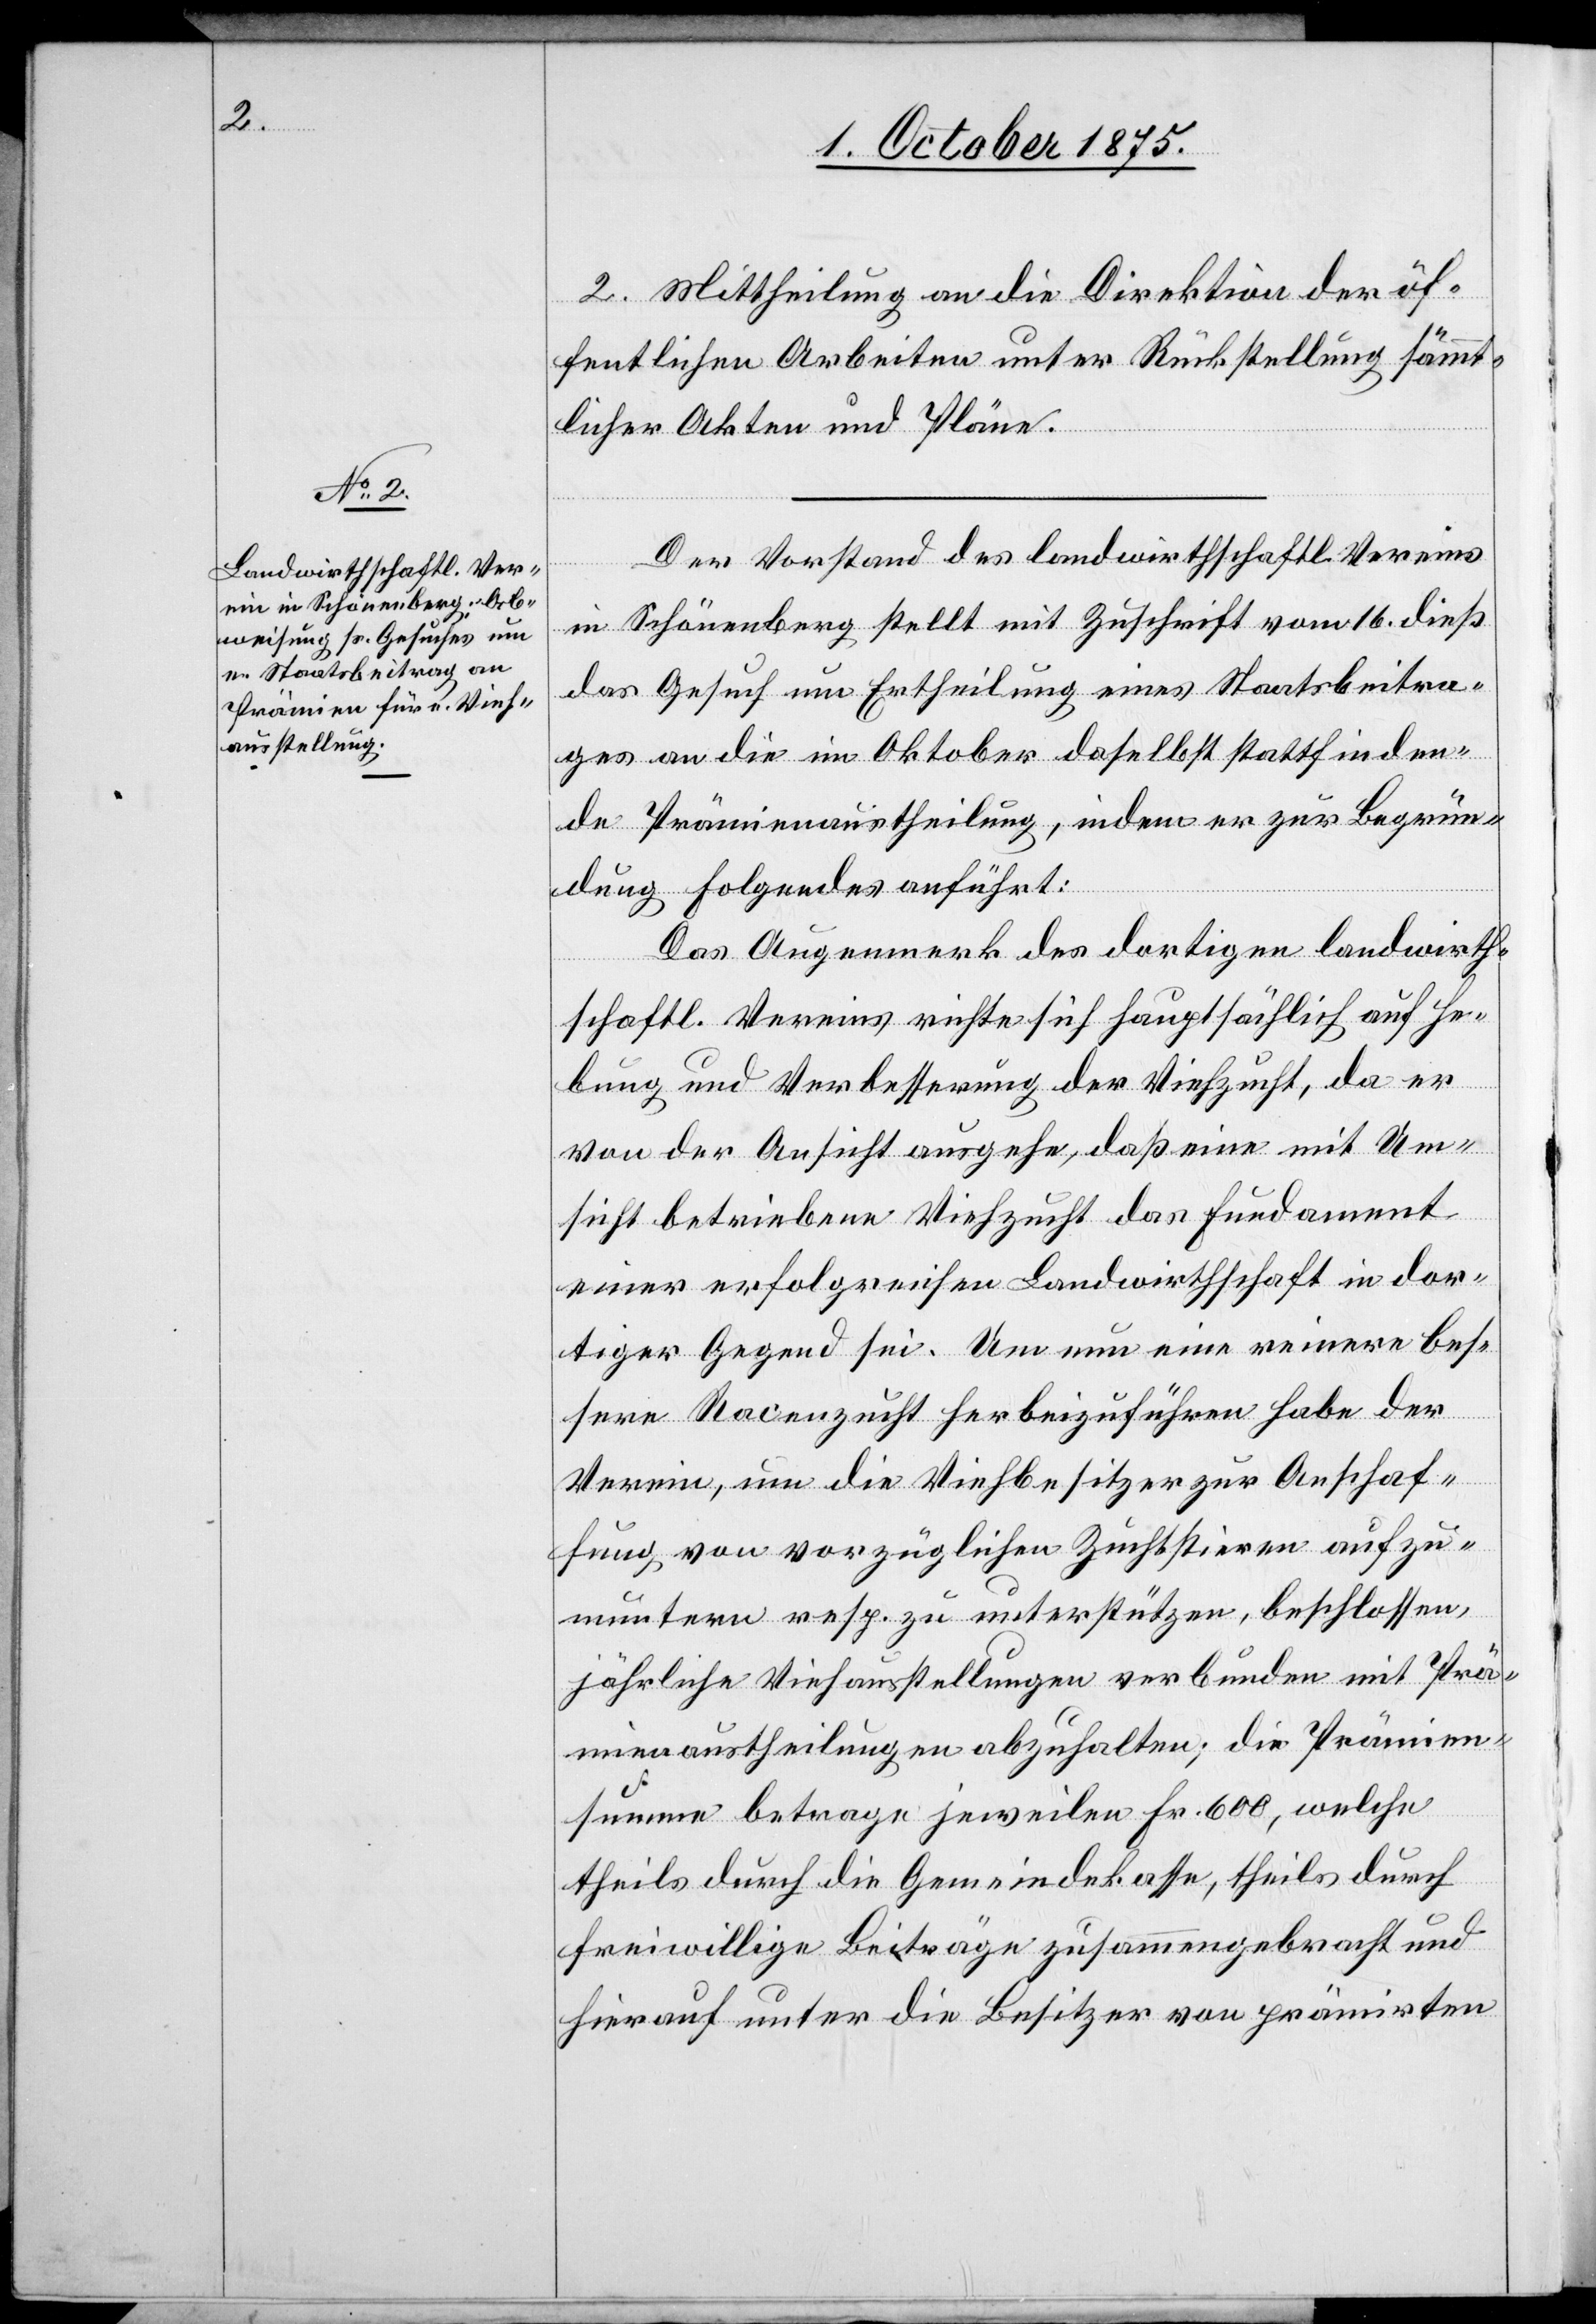
2. Mittheilung an die Direktion der öf¬
fentlichen Arbeiten unter Rückstellung sämmt¬
licher Akten und Pläne.
Der Vorstand des landwirthschaftl. Vereins
He¬
in Schönenberg stellt mit Zuschrift vom 16. dieß
das Gesuch um Ertheilung eines Staatsbeitra¬
ges an die im Oktober daselbst stattfinden¬
de Prämienaustheilung, indem er zur Begrün¬
dung Folgendes anführt:
Das Augenmerk des dortigen landwirth.
bung und Verbesserung der Viehzucht, da er
von der Ansicht ausgehe, daß eine mit Um¬
sicht betriebene Viehzucht das Fundament
einer erfolgreichen Landwirthschaft in dor¬
tiger Gegend sei. Um nun eine reinere bes¬
eins
sere Racenzucht herbeizuführen habe der
auf
Verein, um die Viehbesitzer zur Anschaf¬
fung von vorzüglichen Zuchtstieren aufzu¬
muntern resp. zu unterstützen, beschlossen,
jährliche Viehausstellungen verbunden mit Prä¬
mienaustheilungen abzuhalten; die Prämien¬
summe betrage jeweilen Fr. 600, welche
theils durch die Gemeindekasse, theils durch
freiwillige Beiträge zusammengebracht und
hierauf unter die Besitzer von prämirten